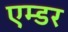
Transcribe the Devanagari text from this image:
एम्डर